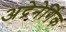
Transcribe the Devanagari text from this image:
अद्रेनेर्गिक